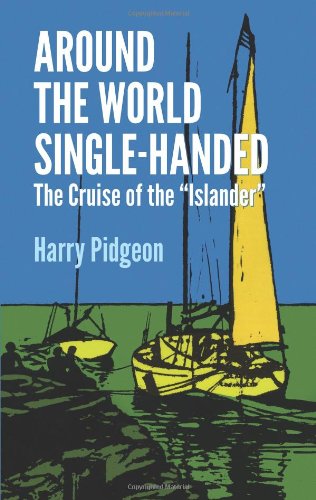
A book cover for Around the World Single-Handed: The Cruise of the "Islander" (Dover Maritime); Harry Pidgeon; Travel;